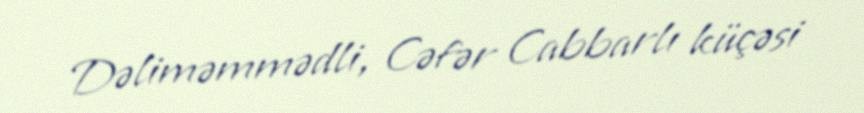
Dəliməmmədli, Cəfər Cabbarlı küçəsi